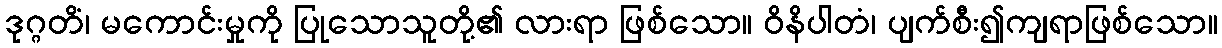
ဒုဂ္ဂတိံ၊ မကောင်းမှုကို ပြုသောသူတို့၏ လားရာ ဖြစ်သော။ ဝိနိပါတံ၊ ပျက်စီး၍ကျရာဖြစ်သော။